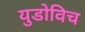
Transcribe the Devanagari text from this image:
युडोविच